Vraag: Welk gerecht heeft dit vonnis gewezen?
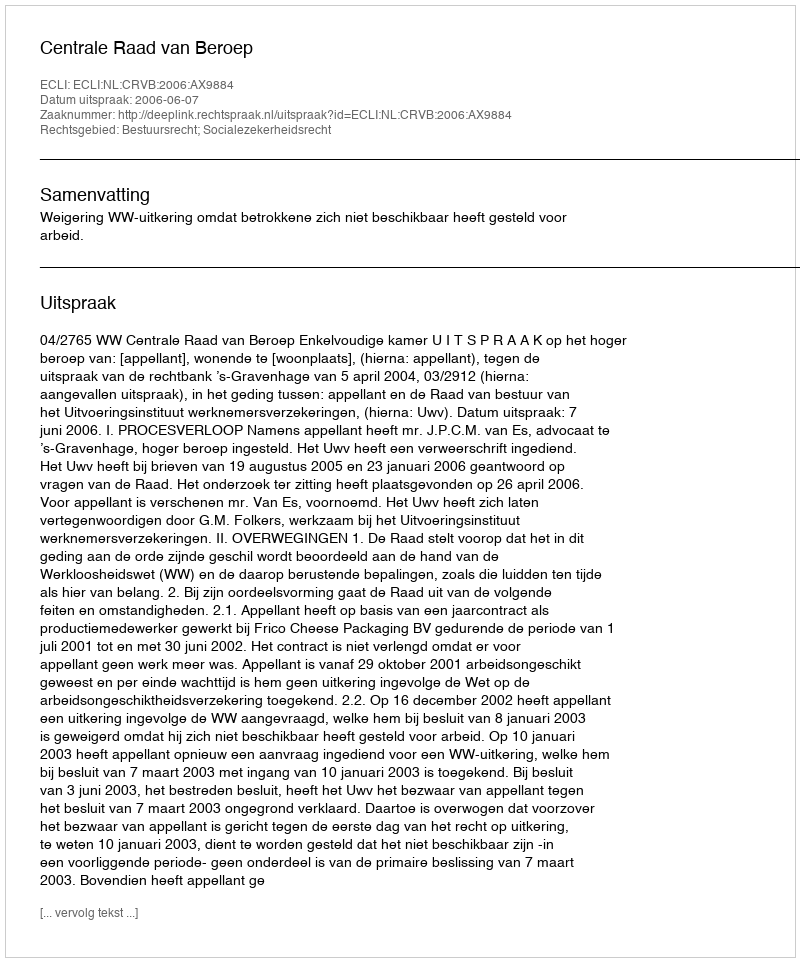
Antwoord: Centrale Raad van Beroep